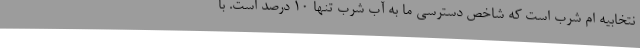
نتخابیه ام شرب است که شاخص دسترسی ما به آب شرب تنها 10 درصد است. با